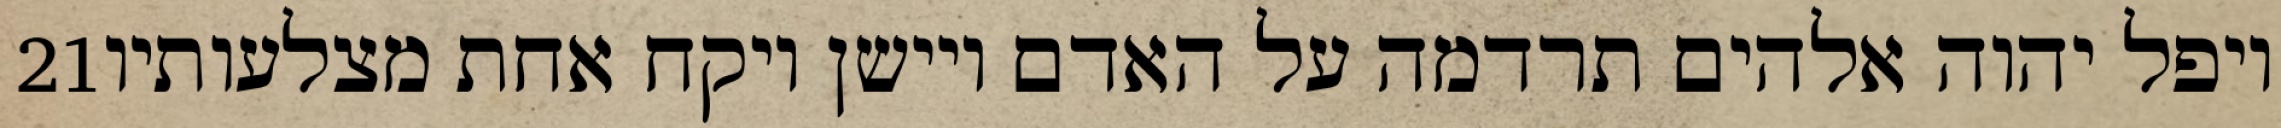
‎21‏ ויפל יהוה אלהים תרדמה על האדם ויישן ויקח אחת מצלעותיו